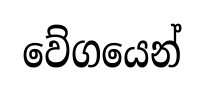
වේගයෙන්